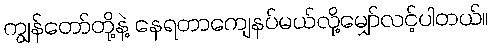
ကျွန်တော်တို့နဲ့ နေရတာကျေနပ်မယ်လို့မျှော်လင့်ပါတယ်။